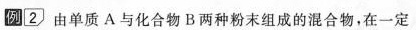
例[2)由单质A与化合物B两种粉末组成的混合物，在一定